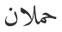
حملان